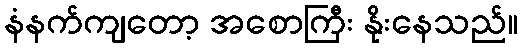
နံနက်ကျတော့ အစောကြီး နိုးနေသည်။